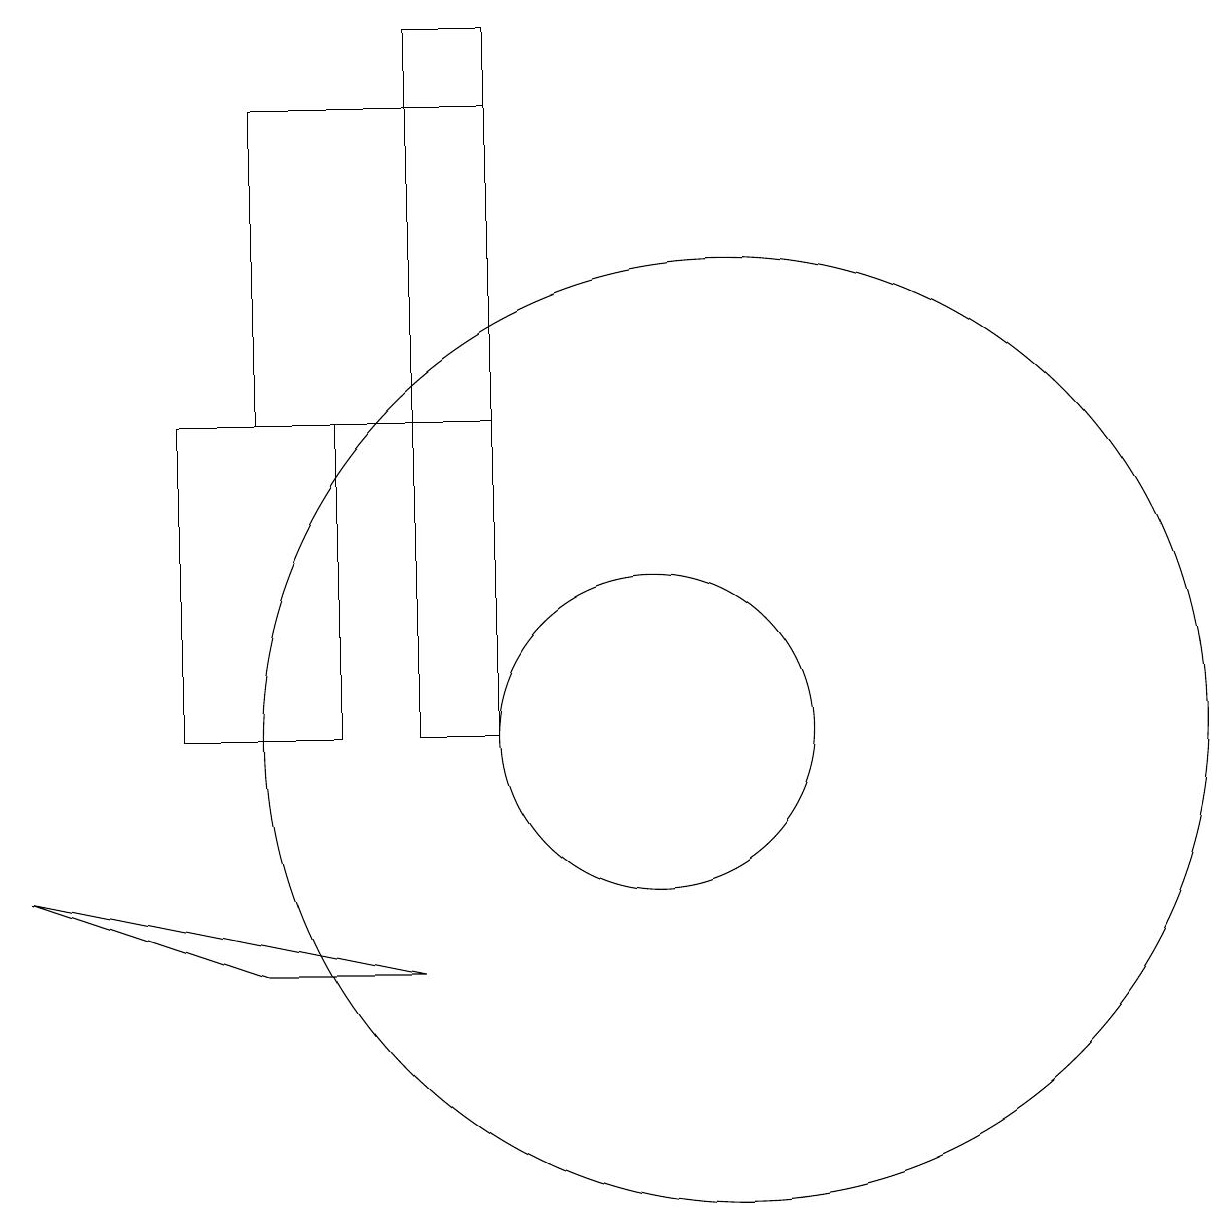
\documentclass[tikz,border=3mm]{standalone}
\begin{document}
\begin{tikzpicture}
\draw (7,19) rectangle (8,10);
\draw (11,10) circle (6);
\draw (4,14) rectangle (6,10);
\draw (10,10) circle (2);
\draw (8,18) rectangle (5,14);
\draw (2,8) -- (5,7) -- (7,7) -- cycle;
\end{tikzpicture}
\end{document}